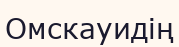
Омскауидің